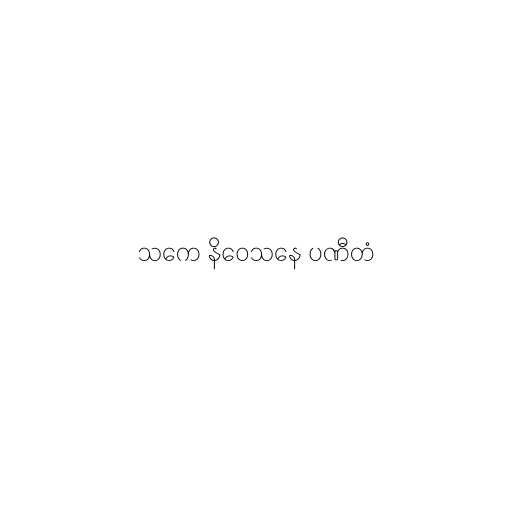
သကေ နိဝေသနေ ပဏီတံ